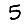
Digit: 5